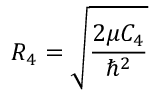
R _ { 4 } = \sqrt { \frac { 2 \mu C _ { 4 } } { \hbar ^ { 2 } } }